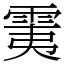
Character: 䨑